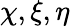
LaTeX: \chi,\xi,\eta